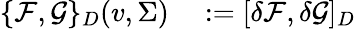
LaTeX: \begin{array}{rl}{\{ \mathcal{F},\mathcal{G}\} _{D}(v,\Sigma)}&{{}:=[\delta\mathcal{F},\delta\mathcal{G}]_{D}}\end{array}